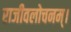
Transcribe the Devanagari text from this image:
राजीवलोचनम्‌।